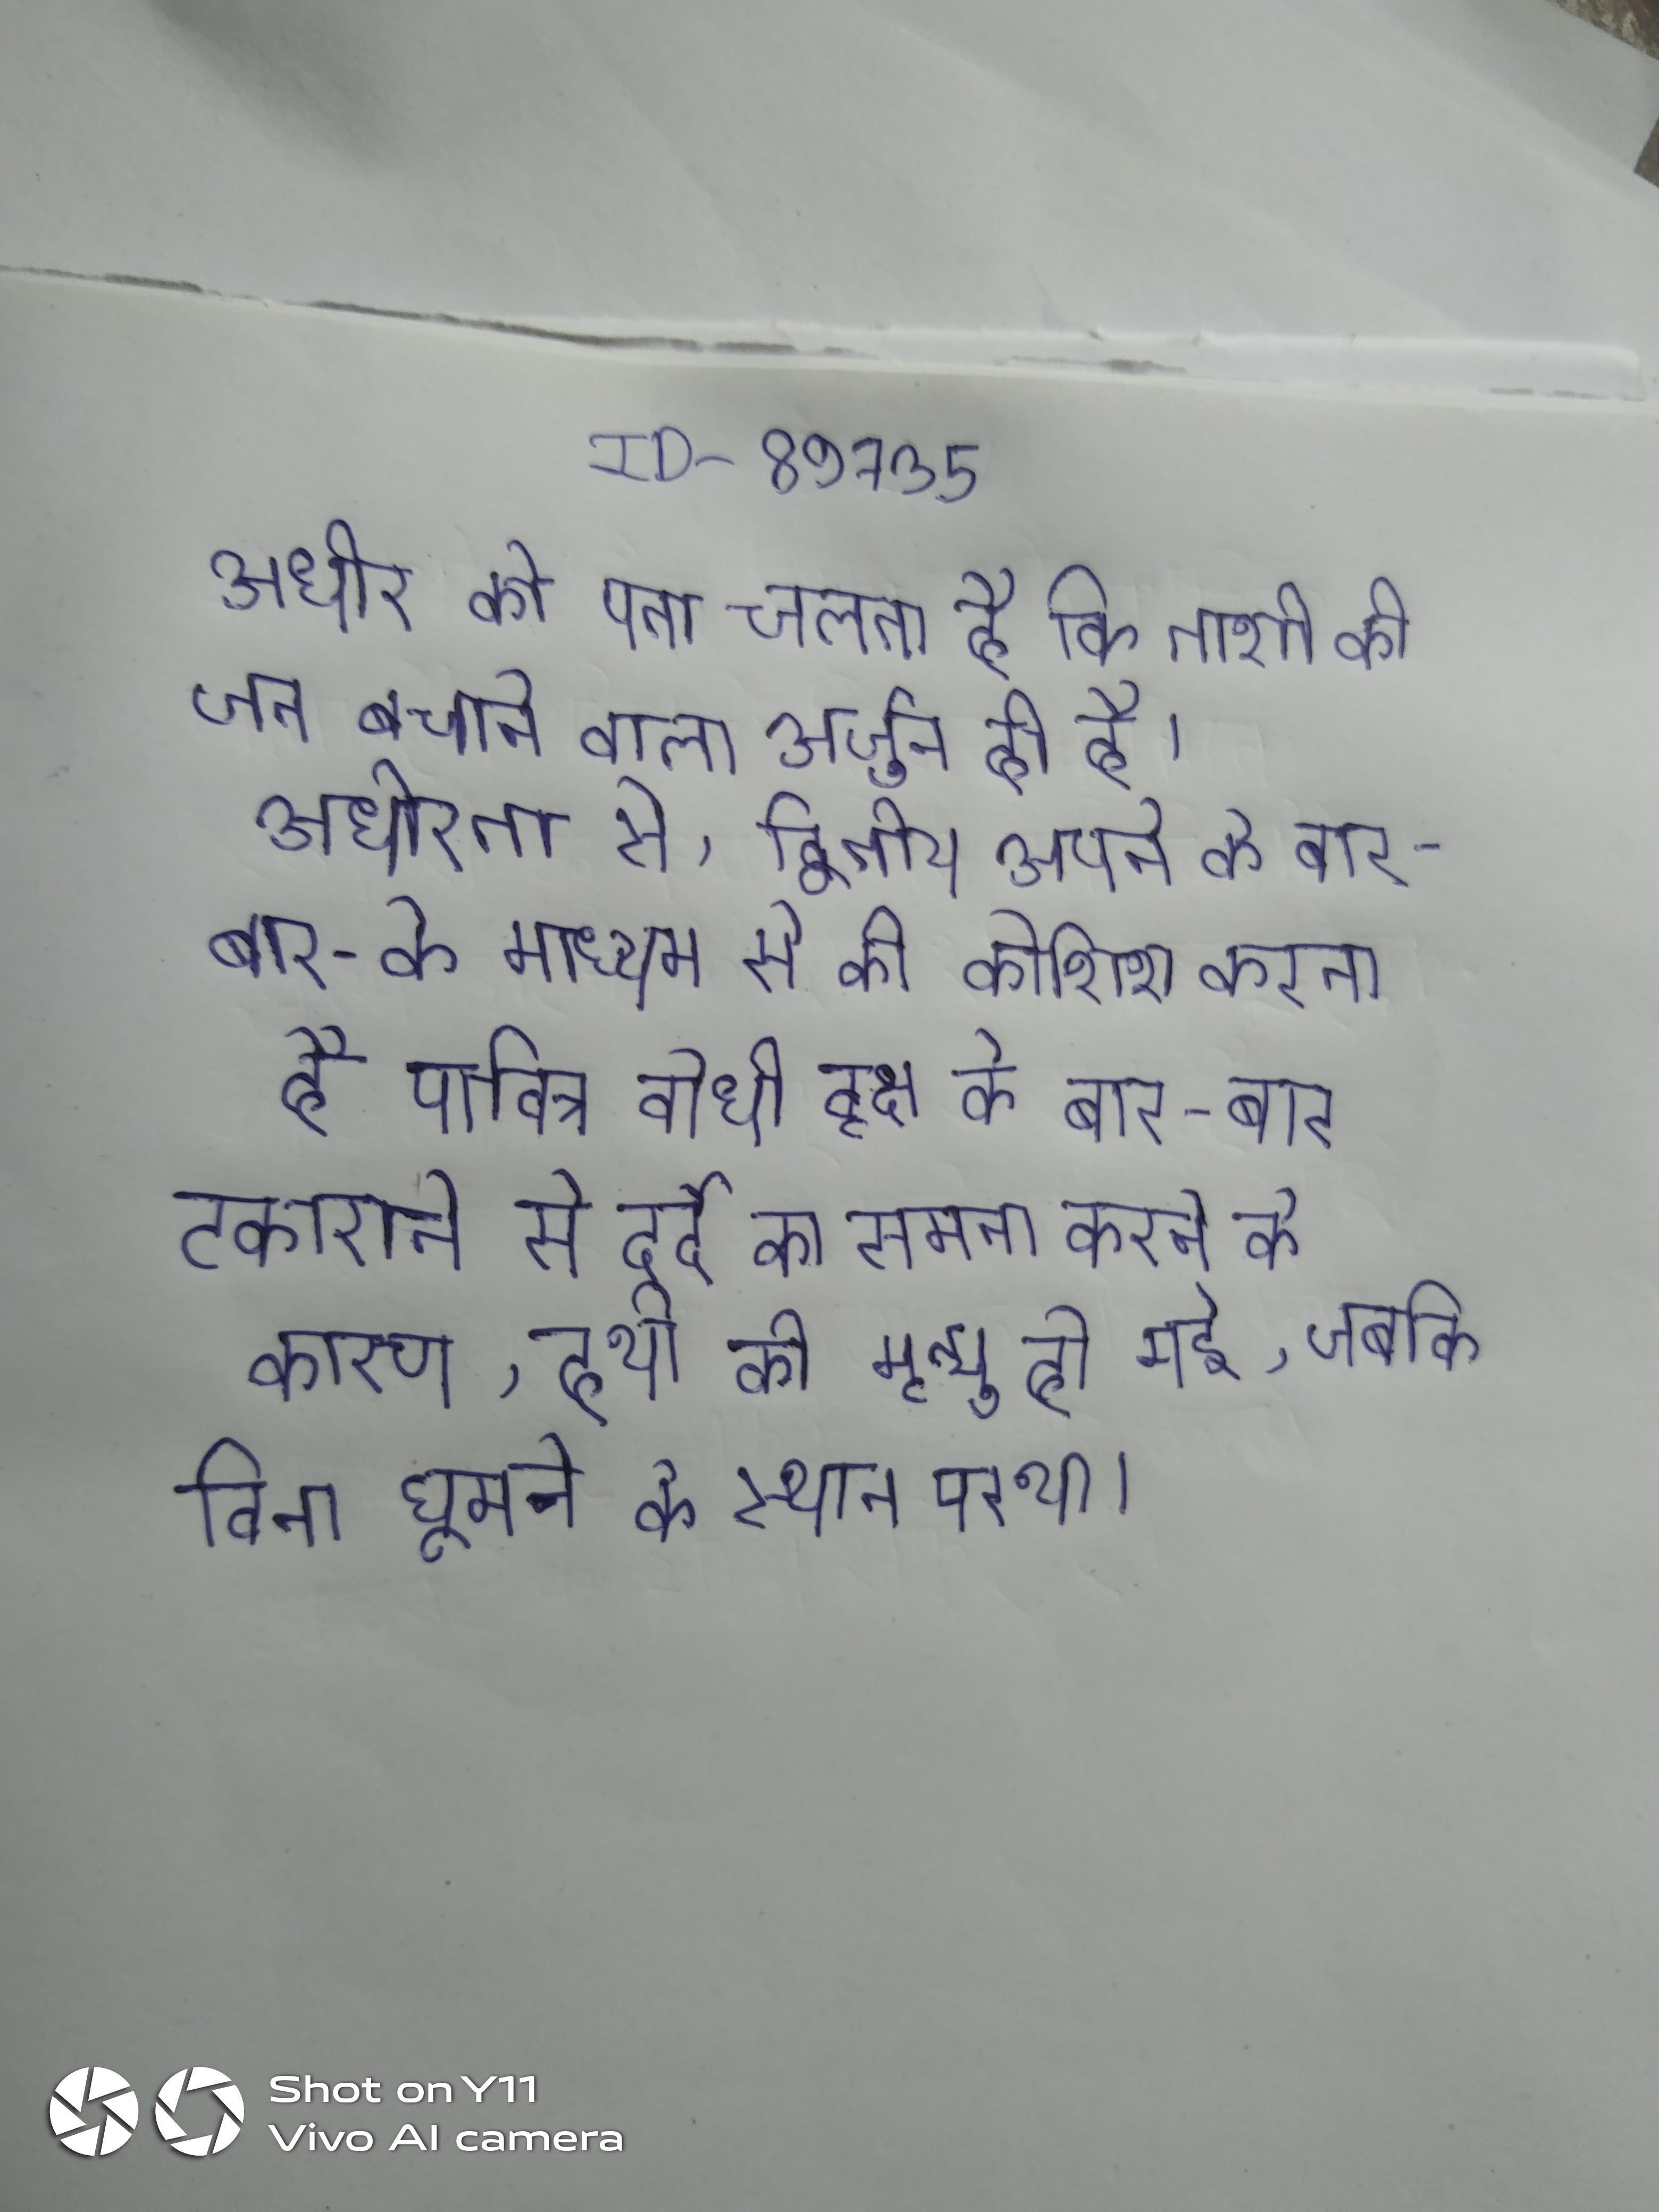
अधीर को पता चलता है कि ताशी की जान बचाने वाला अर्जुन ही है । अधीरता और अनजानता से, द्वितीय अपने को बार-बार के माध्यम से की कोशिश करता है पवित्र बोधी वृक्ष के बार-बार टकराने से दर्द का सामना करने के कारण, हाथी की मृत्यु हो गई, जबकि बिना घूमने के स्थान पर था ।